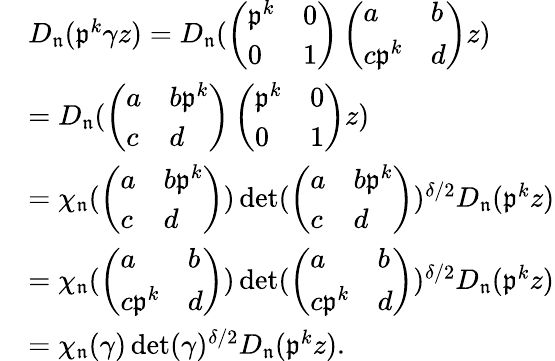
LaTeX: \begin{array}{rl}&{D_{\mathfrak{n}}(\mathfrak{p}^{k}\gamma z)=D_{\mathfrak{n}}(\left(\begin{array}{ll}{\mathfrak{p}^{k}}&{0}\\ {0}&{1}\end{array}\right)\left(\begin{array}{ll}{a}&{b}\\ {c\mathfrak{p}^{k}}&{d}\end{array}\right)z)}\\ &{=D_{\mathfrak{n}}(\left(\begin{array}{ll}{a}&{b\mathfrak{p}^{k}}\\ {c}&{d}\end{array}\right)\left(\begin{array}{ll}{\mathfrak{p}^{k}}&{0}\\ {0}&{1}\end{array}\right)z)}\\ &{=\chi_{\mathfrak{n}}(\left(\begin{array}{ll}{a}&{b\mathfrak{p}^{k}}\\ {c}&{d}\end{array}\right))\operatorname*{det}(\left(\begin{array}{ll}{a}&{b\mathfrak{p}^{k}}\\ {c}&{d}\end{array}\right))^{\delta/2}D_{\mathfrak{n}}(\mathfrak{p}^{k}z)}\\ &{=\chi_{\mathfrak{n}}(\left(\begin{array}{ll}{a}&{b}\\ {c\mathfrak{p}^{k}}&{d}\end{array}\right))\operatorname*{det}(\left(\begin{array}{ll}{a}&{b}\\ {c\mathfrak{p}^{k}}&{d}\end{array}\right))^{\delta/2}D_{\mathfrak{n}}(\mathfrak{p}^{k}z)}\\ &{=\chi_{\mathfrak{n}}(\gamma)\operatorname*{det}(\gamma)^{\delta/2}D_{\mathfrak{n}}(\mathfrak{p}^{k}z).}\end{array}